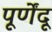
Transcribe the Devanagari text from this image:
पूर्णेंदू